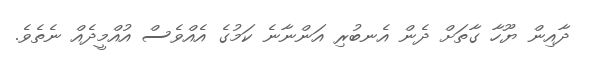
ދާއިން ޔޫހާ ގާތަށް ދެން އެނބުރި އަންނާނެ ކަމުގެ އެއްވެސް އުއްމީދެއް ނެތެވެ.